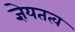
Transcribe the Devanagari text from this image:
ज्ञेयतत्व